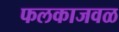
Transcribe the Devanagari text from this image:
फलकाजवळ